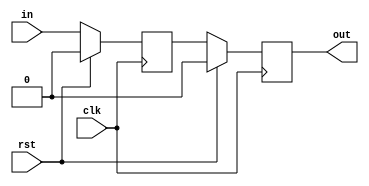
module synchronizer(clk, rst, in, out);
input clk, rst, in;
output out;
reg Q1, Q2;
wire D1, D2;

always @ (posedge clk)	 // Create the first flip-flop
if (rst==1) Q1 <= 1'b0;
else Q1 <= D1;

always @ (posedge clk)	 // Create the second flip-flop
if (rst==1) Q2 <= 1'b0;
else Q2 <= D2;

assign D2 = Q1;

assign D1 = in;
assign out = Q2;

endmodule